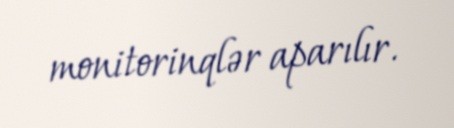
monitorinqlər aparılır.